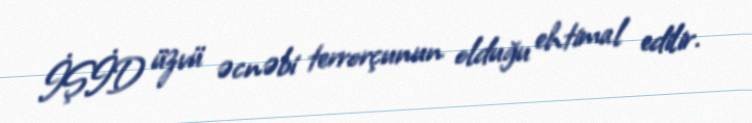
İŞİD üzvü əcnəbi terrorçunun olduğu ehtimal edilir.